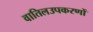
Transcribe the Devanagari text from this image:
वातिलउपकरणों